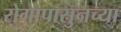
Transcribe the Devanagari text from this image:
रोगापासुनच्या